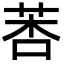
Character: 莕